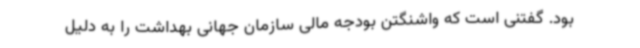
بود. گفتنی است که واشنگتن بودجه مالی سازمان جهانی بهداشت را به دلیل